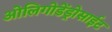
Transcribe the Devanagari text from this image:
ओलिगोडेंड्रोसाईट